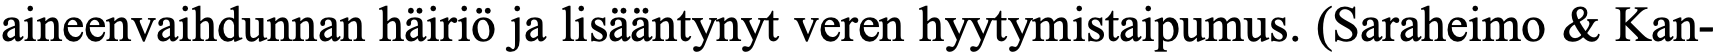
aineenvaihdunnan häiriö ja lisääntynyt veren hyytymistaipumus. (Saraheimo & Kan-